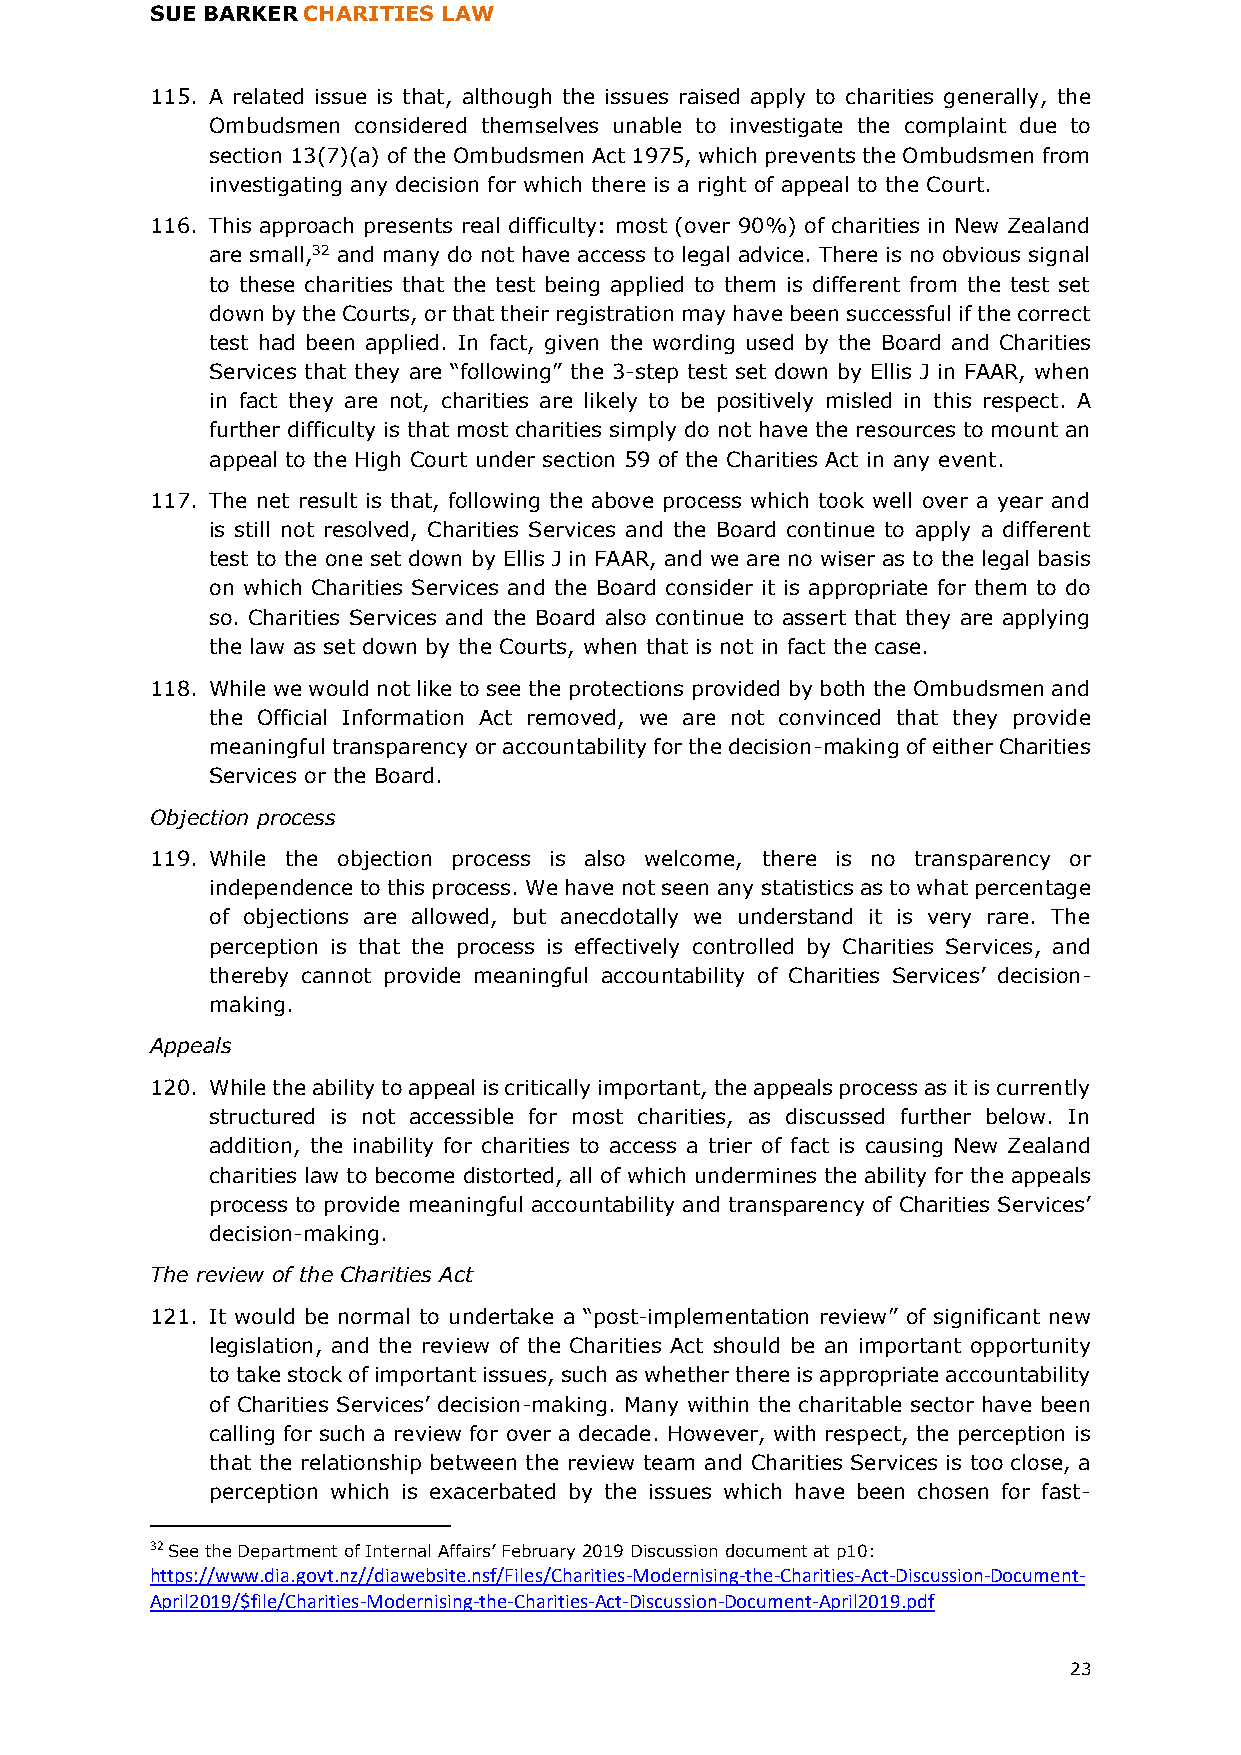
SUE BARKER CHARITIES LAW
 115. A related issue is that, although the issues raised apply to charities generally, the
 Ombudsmen considered themselves unable to investigate the complaint due to
 section 13(7)(a) of the Ombudsmen Act 1975, which prevents the Ombudsmen from
 investigating any decision for which there is a right of appeal to the Court.
 116. This approach presents real difficulty: most (over 90%) of charities in New Zealand
 are small,32 and many do not have access to legal advice. There is no obvious signal
 to these charities that the test being applied to them is different from the test set
 down by the Courts, or that their registration may have been successful if the correct
 test had been applied. In fact, given the wording used by the Board and Charities
 Services that they are “following” the 3-step test set down by Ellis J in FAAR, when
 in fact they are not, charities are likely to be positively misled in this respect. A
 further difficulty is that most charities simply do not have the resources to mount an
 appeal to the High Court under section 59 of the Charities Act in any event.
 117. The net result is that, following the above process which took well over a year and
 is still not resolved, Charities Services and the Board continue to apply a different
 test to the one set down by Ellis J in FAAR, and we are no wiser as to the legal basis
 on which Charities Services and the Board consider it is appropriate for them to do
 so. Charities Services and the Board also continue to assert that they are applying
 the law as set down by the Courts, when that is not in fact the case.
 118. While we would not like to see the protections provided by both the Ombudsmen and
 the Official Information Act removed, we are not convinced that they provide
 meaningful transparency or accountability for the decision-making of either Charities
 Services or the Board.
 Objection process
 119. While the objection process is also welcome, there is no transparency or
 independence to this process. We have not seen any statistics as to what percentage
 of objections are allowed, but anecdotally we understand it is very rare. The
 perception is that the process is effectively controlled by Charities Services, and
 thereby cannot provide meaningful accountability of Charities Services’ decision-
 making.
 Appeals
 120. While the ability to appeal is critically important, the appeals process as it is currently
 structured is not accessible for most charities, as discussed further below. In
 addition, the inability for charities to access a trier of fact is causing New Zealand
 charities law to become distorted, all of which undermines the ability for the appeals
 process to provide meaningful accountability and transparency of Charities Services’
 decision-making.
 The review of the Charities Act
 121. It would be normal to undertake a “post-implementation review” of significant new
 legislation, and the review of the Charities Act should be an important opportunity
 to take stock of important issues, such as whether there is appropriate accountability
 of Charities Services’ decision-making. Many within the charitable sector have been
 calling for such a review for over a decade. However, with respect, the perception is
 that the relationship between the review team and Charities Services is too close, a
 perception which is exacerbated by the issues which have been chosen for fast-
 32 See the Department of Internal Affairs’ February 2019 Discussion document at p10:
 https://www.dia.govt.nz//diawebsite.nsf/Files/Charities-Modernising-the-Charities-Act-Discussion-Document-
 April2019/$file/Charities-Modernising-the-Charities-Act-Discussion-Document-April2019.pdf
 23